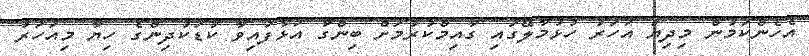
އެހެންކަމުން މިދިޔަ އަހަރު ހުޅުމާލޭގައި ގާއިމްކުރުމަށް ބިންގާ އަޅާފައިވާ ކުޑަކުދިންގެ ހިޔާ މިއަހަރު